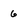
Character: 6